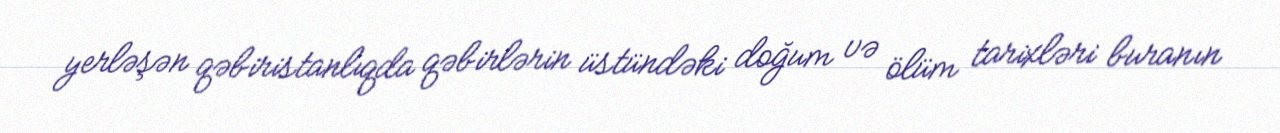
yerləşən qəbiristanlıqda qəbirlərin üstündəki doğum və ölüm tarixləri buranın